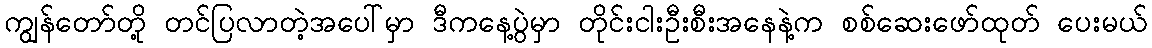
ကျွန်တော်တို့ တင်ပြလာတဲ့အပေါ်မှာ ဒီကနေ့ပွဲမှာ တိုင်းငါးဦးစီးအနေနဲ့က စစ်ဆေးဖော်ထုတ် ပေးမယ်